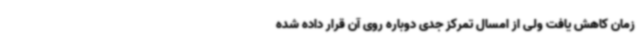
زمان کاهش یافت ولی از امسال تمرکز جدی دوباره روی آن قرار داده شده